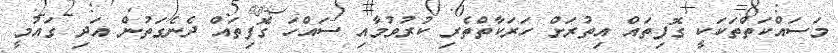
މަސައްކަތްތަކަކީ ގޮފިތައް އިތުރަށް ހަރަކާތްތެރި ކުރުވުމާއި ސައްހަ ގޮފިތައް ދެނެގަތުން އަދި ގައުމީ